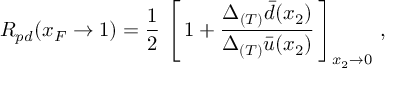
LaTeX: R _ { p d } ( x _ { F } \rightarrow 1 ) = \frac { 1 } { 2 } \, \left[ \, 1 + \frac { \Delta _ { ( T ) } \bar { d } ( x _ { 2 } ) } { \Delta _ { ( T ) } \bar { u } ( x _ { 2 } ) } \, \right] _ { x _ { 2 } \rightarrow 0 } \, ,